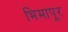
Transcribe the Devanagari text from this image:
भिमापूर